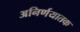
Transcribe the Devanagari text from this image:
अनिर्णयातक